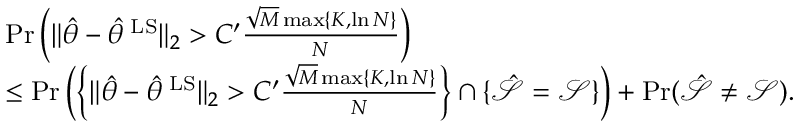
\begin{array} { r l } & { \operatorname* { P r } \left( \| \hat { \theta } - \hat { \theta } ^ { \mathrm { \tiny ~ L S } } \| _ { 2 } > C ^ { \prime } \frac { \sqrt { M } \operatorname* { m a x } \{ K , \ln N \} } { N } \right) } \\ & { \leq \operatorname* { P r } \left( \left\{ \| \hat { \theta } - \hat { \theta } ^ { \mathrm { \tiny ~ L S } } \| _ { 2 } > C ^ { \prime } \frac { \sqrt { M } \operatorname* { m a x } \{ K , \ln N \} } { N } \right\} \cap \{ \hat { \mathcal { S } } = \mathcal { S } \} \right) + \operatorname* { P r } ( \hat { \mathcal { S } } \neq \mathcal { S } ) . } \end{array}